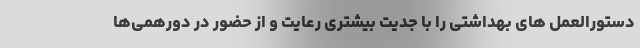
دستورالعمل های بهداشتی را با جدیت بیشتری رعایت و از حضور در دورهمی‌ها